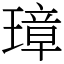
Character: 璋